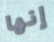
إنها